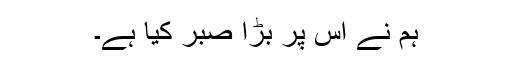
ہم نے اس پر بڑا صبر کیا ہے۔